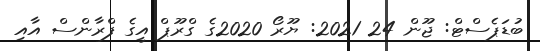
ބުޑަޕެސްޓް: ޖޫން 24 2021: ޔޫރޯ 2020ގެ ގްރޫޕް އީގެ ފްރާންސް އާއި